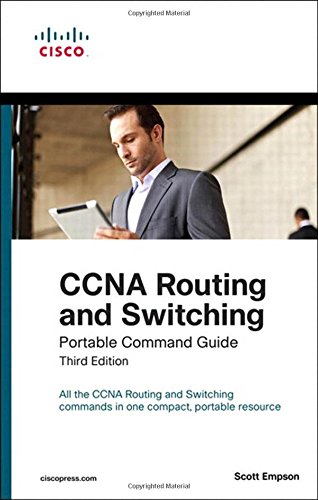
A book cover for CCNA Routing and Switching Portable Command Guide (3rd Edition); Scott Empson; Computers & Technology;